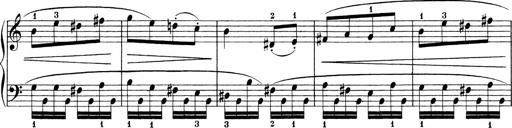
Title: 3 Sonatinas
Composer: Carl Reinecke